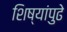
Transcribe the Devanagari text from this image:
शिष्यांपुढे